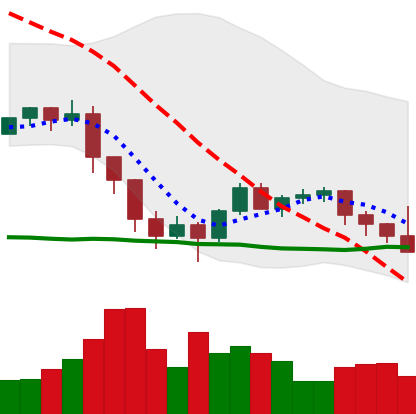
Ticker: ETH-USD
Chart end date: 2022-01-20
Forward return: -18.166%
Label: down_7plus